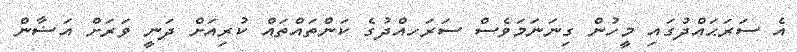
އެ ސަރަޙައްދުގައި މީހުން ގިނަނަމަވެސް ސަރަހއްދުގެ ކަންތައްތައް ކުރިއަށް ދަނީ ވަރަށް އަޟާން